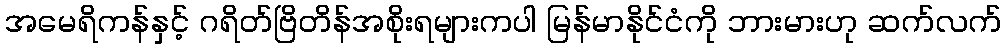
အမေရိကန်နှင့် ဂရိတ်ဗြိတိန်အစိုးရများကပါ မြန်မာနိုင်ငံကို ဘားမားဟု ဆက်လက်